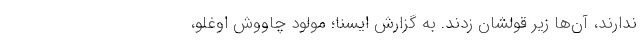
ندارند، آن‌ها زیر قولشان زدند. به گزارش ایسنا؛ مولود چاووش اوغلو،